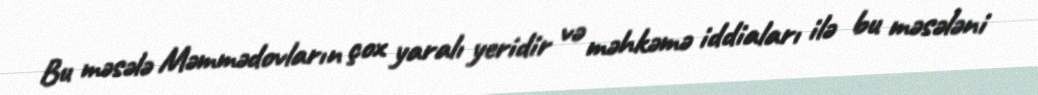
Bu məsələ Məmmədovların çox yaralı yeridir və məhkəmə iddiaları ilə bu məsələni